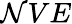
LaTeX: \mathcal{N}VE